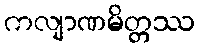
ကလျာဏမိတ္တဿ